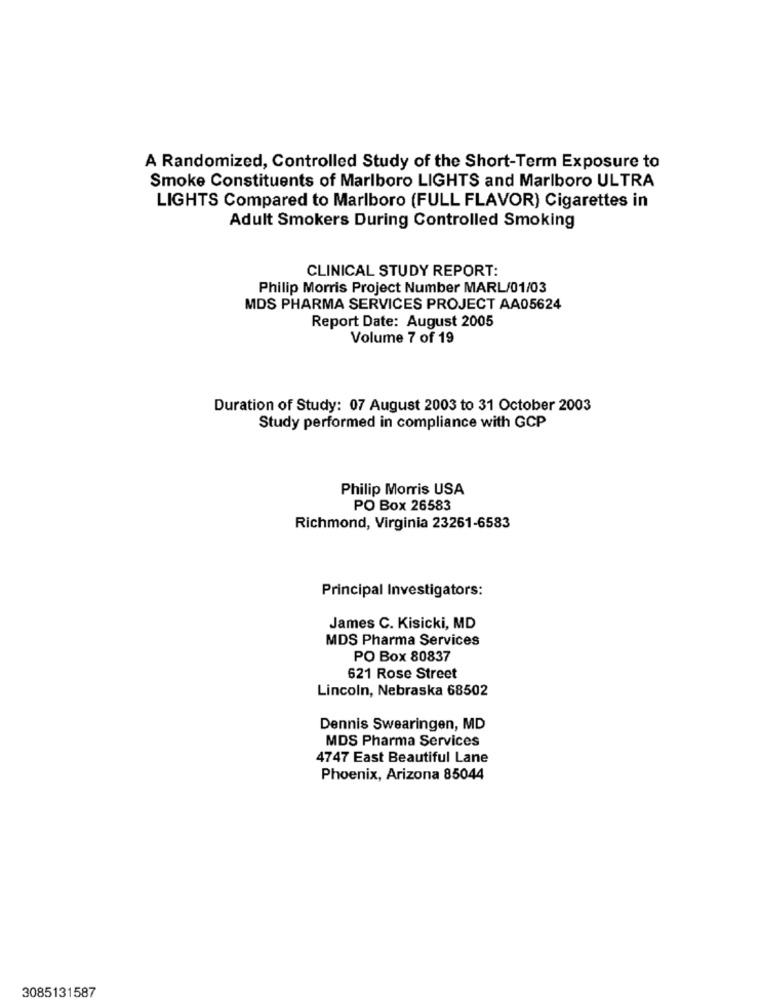
A Randomized, Controlled Study of the Short-Term Exposure to
Smoke Constituents of Marlboro LIGHTS and Marlboro ULTRA
LIGHTS Compared to Marlboro (FULL FLAVOR) Cigarettes in
Adult Smokers During Controlled Smoking
CLINICAL STUDY REPORT:
Philip Morris Project Number MARL/01/03
MDS PHARMA SERVICES PROJECT AA05624
Report Date: August 2005
Volume 7 of 19
Duration of Study: 07 August 2003 to 31 October 2003
Study performed in compliance with GCP
Philip Morris USA
PO Box 26583
Richmond, Virginia 23261-6583
Principal Investigators:
James C. Kisicki, MD
MDS Pharma Services
PO Box 80837
621 Rose Street
Lincoln, Nebraska 68502
Dennis Swearingen, MD
MDS Pharma Services
4747 East Beautiful Lane
Phoenix, Arizona 85044
3085131587